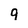
Character: 9